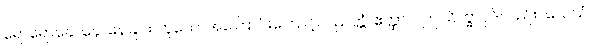
ရောရောနှောနှောနေခြင်း ဟူသောအကြောင်းကြောင့်။ ပညတ္တံ၊ ဧတ္ထာပိ၊ ဤသိက္ခာပုဒ်လည်း။ သေသံ၊